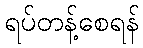
ရပ်တန့်စေရန်